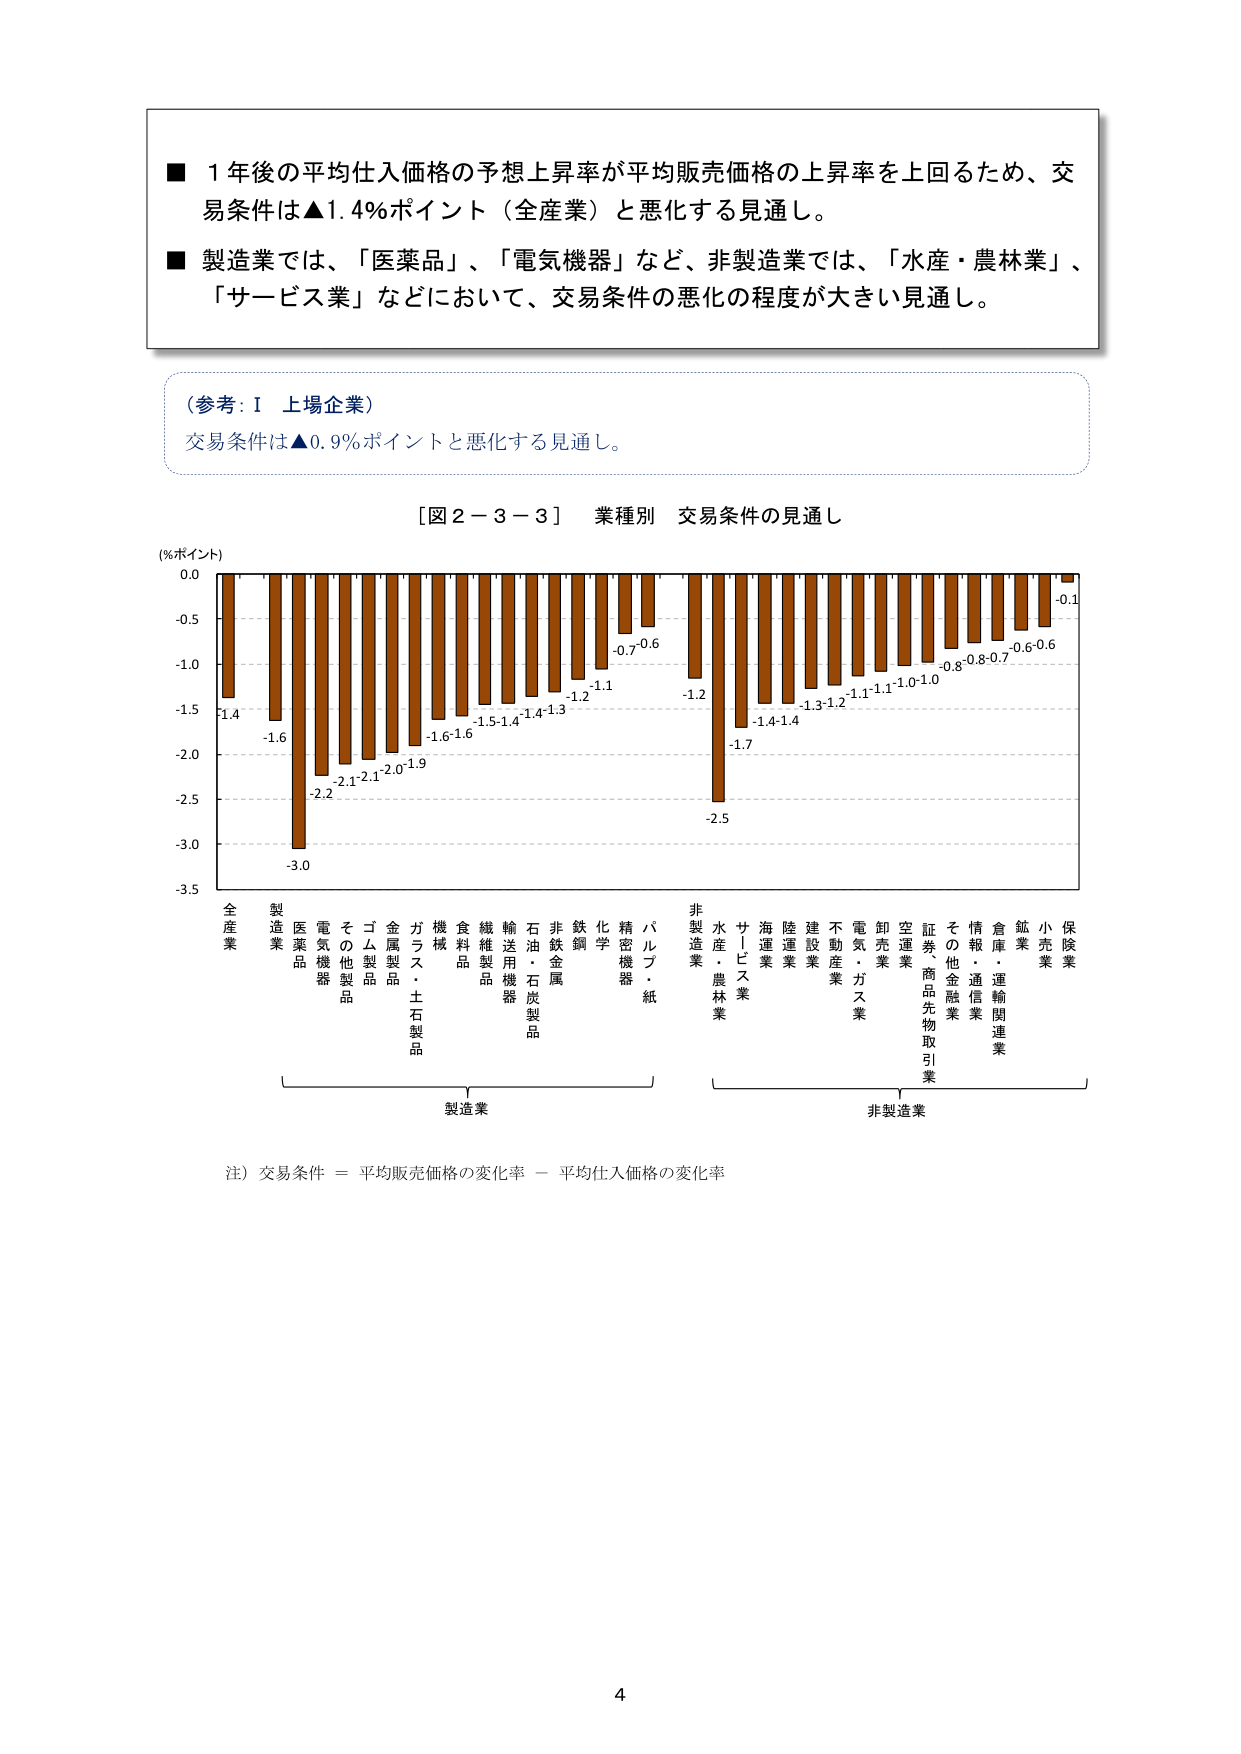
■ 1年後の平均仕入価格の予想上昇率が平均販売価格の上昇率を上回るため、交易条件は▲1.4％ポイント（全産業）と悪化する見通し。

■ 製造業では、「医薬品」、「電気機器」など、非製造業では、「水産・農林業」、「サービス業」などにおいて、交易条件の悪化の程度が大きい見通し。

（参考：Ⅰ 上場企業）
交易条件は▲0.9％ポイントと悪化する見通し。

［図２－３－３］ 業種別 交易条件の見通し

（％ポイント）
0.0
-0.5
-1.0
-1.5
-2.0
-2.5
-3.0
-3.5

全産業
製造業
医薬品
電気機器
その他製品
ゴム製品
金属製品
ガラス・土石製品
機械
食料品
繊維製品
輸送用機器
石油・石炭製品
非鉄金属
鉄鋼
化学
精密機器
パルプ・紙
非製造業
水産・農林業
サービス業
海運業
陸運業
建設業
不動産業
電気・ガス業
卸売業
空運業
証券・商品先物取引業
その他金融業
情報・通信業
倉庫・運輸関連業
鉱業
小売業
保険業

-1.4
-1.6
-2.2
-2.1
-2.1
-2.0
-1.9
-1.6
-1.6
-1.5
-1.4
-1.4
-1.3
-1.2
-1.1
-0.7
-0.6
-1.2
-1.7
-2.5
-1.4
-1.4
-1.3
-1.2
-1.1
-1.1
-1.0
-1.0
-0.8
-0.8
-0.7
-0.6
-0.6
-0.1

製造業
非製造業

注）交易条件 ＝ 平均販売価格の変化率 － 平均仕入価格の変化率

4